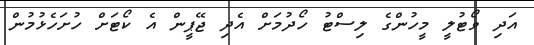
އަދި ވޯޓުލީ މީހުންގެ ލިސްޓު ހޯދުމަށް އެދި ޖޭޕީން އެ ކޯޓަށް ހުށަހެޅުމުން